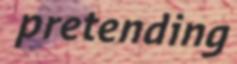
pretending